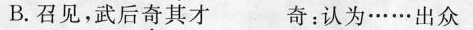
B.召见，武后奇其才 奇：认为……出众